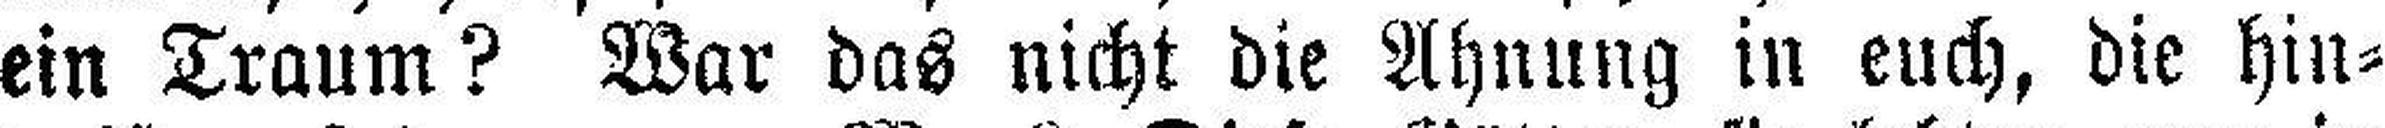
ein Traum? War das nicht die Ahnung in euch, die hin¬